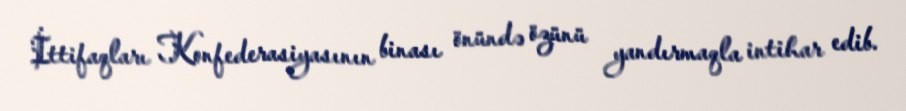
İttifaqları Konfederasiyasının binası önündə özünü yandırmaqla intihar edib.